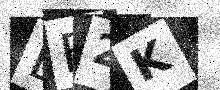
Text: EE2K